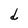
Character: d